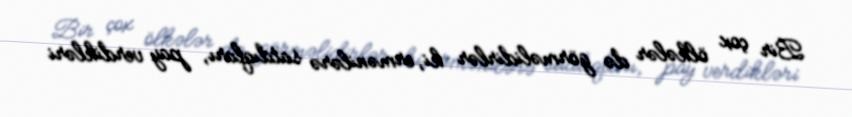
Bir çox ölkələr də görməlidirlər ki, ermənilərə satdıqları, pay verdikləri